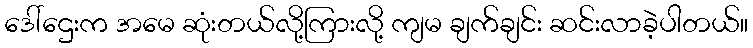
ဒေါ်ဌေးက အမေ ဆုံးတယ်လို့ကြားလို့ ကျမ ချက်ချင်း ဆင်းလာခဲ့ပါတယ်။